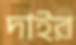
দাইর